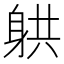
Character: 𮜲